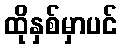
ထိုနှစ်မှာပင်